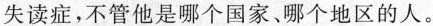
失读症，不管他是哪个国家、哪个地区的大。